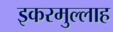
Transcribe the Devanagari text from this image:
इकरमुल्लाह